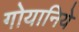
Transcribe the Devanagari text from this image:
गोयानिये